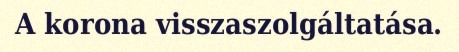
A korona visszaszolgáltatása.